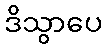
ဒိသွာပေ